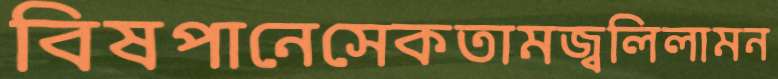
বিষপানেসেকতামজ্বলিলামন